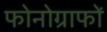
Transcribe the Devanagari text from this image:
फोनोग्राफों